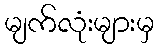
မျက်လုံးများမှ